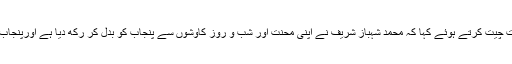
سپیکر بلوچستان اسمبلی راحیلہ درانی نے اس موقع پر بات چیت کرتے ہوئے کہا کہ محمد شہباز شریف نے اپنی محنت اور شب و روز کاوشوں سے پنجاب کو بدل کر رکھ دیا ہے اورپنجاب کی بے مثال ترقی آ پ کے شاندار ویژن کی بدولت ہے۔